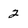
Character: 2